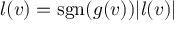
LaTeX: l ( v ) = \operatorname { s g n } ( g ( v ) ) | l ( v ) |